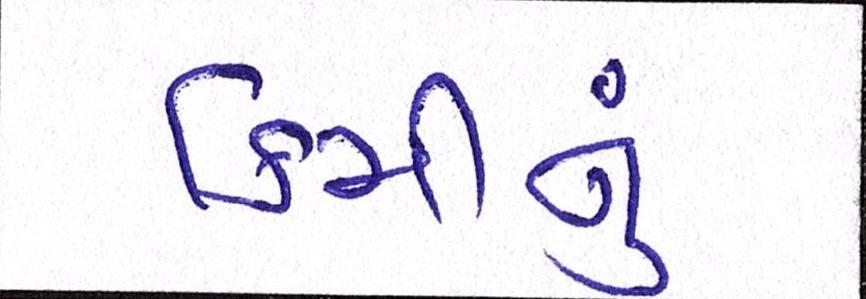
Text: કિમીનું